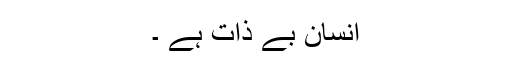
انسان بے ذات ہے ۔